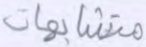
متشابهات